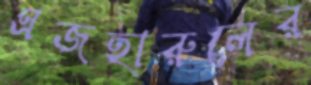
এজহারুলের